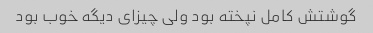
گوشتش کامل نپخته بود ولی چیزای دیگه خوب بود